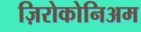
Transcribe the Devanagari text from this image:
ज़िरोकोनिअम